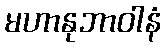
မဟာနုဘာဝါနံ